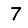
Digit: 7